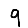
Digit: 9